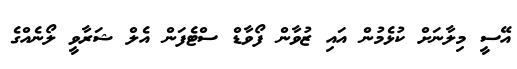
އޭސީ މިލާނަށް ކުޅެމުން އައި ޒުވާން ފޯވާޑް ސްޓެފަން އެލް ޝަރާވީ ލޯނެއްގެ